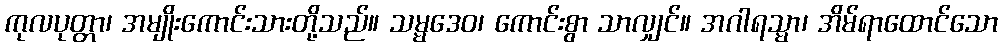
ကုလပုတ္တာ၊ အမျိုးကောင်းသားတို့သည်။ သမ္မဒေဝ၊ ကောင်းစွာ သာလျှင်။ အဂါရသ္မာ၊ အိမ်ရာထောင်သော